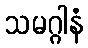
သမဂ္ဂါနံ